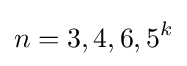
n=3,4,6,5^{k}